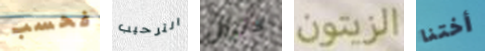
فحسب الترحيب لاتزال الزيتون أختنا